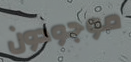
موجودون